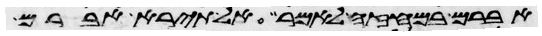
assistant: אברם במחזה לאמר אל תירא אברם